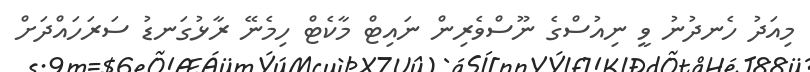
މިއަދު ހެނދުނު ވީ ނިއުސްގެ ނޫސްވެރިން ނައިޓް މާކެޓް ހިމެނޭ ރާޅުގަނޑު ސަރަހައްދަށް